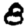
Digit: 8